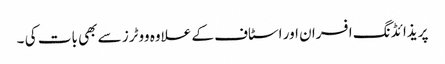
پریذائڈنگ افسران اور اسٹاف کے علاوہ ووٹرز سے بھی بات کی ۔